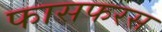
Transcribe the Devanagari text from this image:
फासफरस